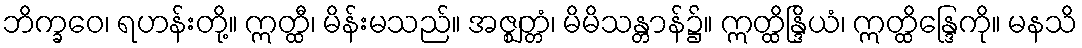
ဘိက္ခဝေ၊ ရဟန်းတို့။ ဣတ္ထီ၊ မိန်းမသည်။ အဇ္ဈတ္တံ၊ မိမိသန္တာန်၌။ ဣတ္ထိန္ဒြိယံ၊ ဣတ္ထိန္ဒြေကို။ မနသိ